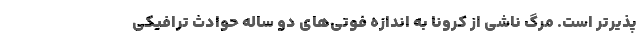
پذیرتر است. مرگ ناشی از کرونا به اندازه فوتی‌های دو ساله حوادث ترافیکی